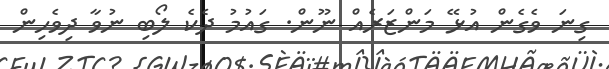
ގިނަ ވެގެން އުޅޭ މަންޒަރެއް ނޫން. ގައުމު ދެކެ ލޯބި ނުވާ ދިވެހިން